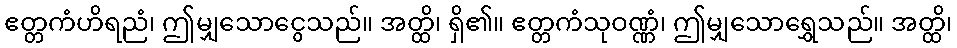
ဧတ္တကံဟိရညံ၊ ဤမျှသောငွေသည်။ အတ္ထိ၊ ရှိ၏။ ဧတ္တကံသုဝဏ္ဏံ၊ ဤမျှသောရွှေသည်။ အတ္ထိ၊